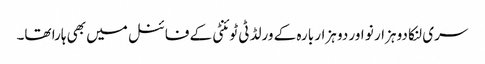
سری لنکا دو ہزار نو اور دو ہزار بارہ کے ورلڈ ٹی ٹوئنٹی کے فائنل میں بھی ہارا تھا۔